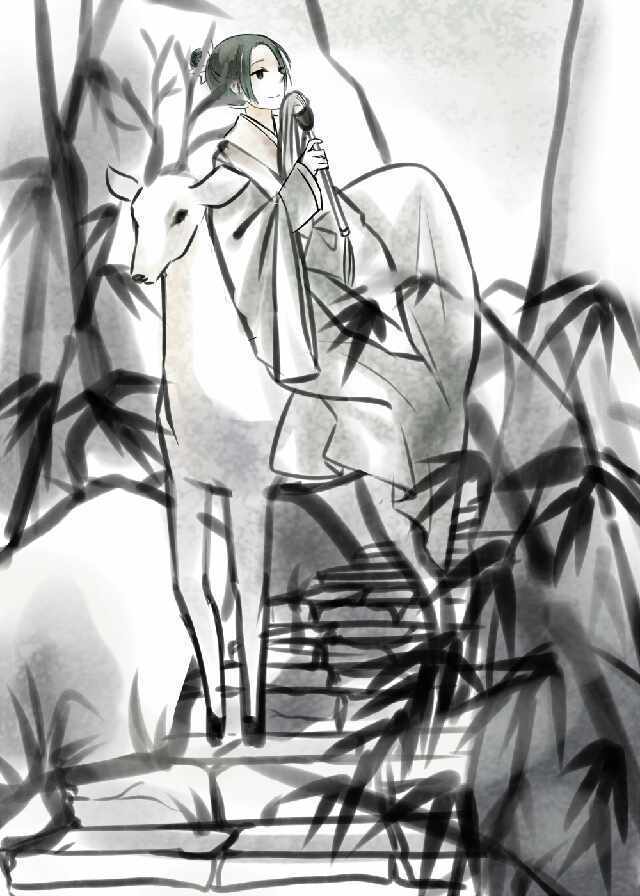
别君去兮何时还？且放白鹿青崖间。须行即骑访名山。